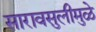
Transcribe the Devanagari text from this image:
सारावसुलीमुळे